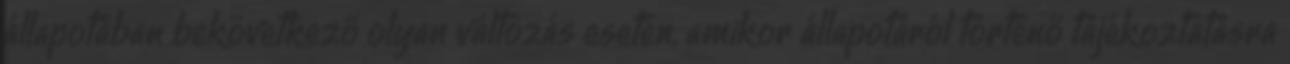
állapotában bekövetkező olyan változás esetén, amikor állapotáról történő tájékoztatásra